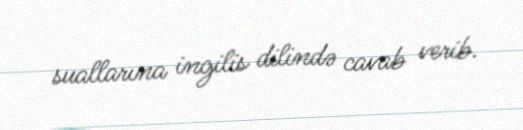
suallarına ingilis dilində cavab verib.